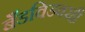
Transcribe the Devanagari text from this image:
बँडविडवरही